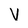
Character: V